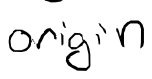
Text: origin
Cross-out: clean
Writing tool: digital_black